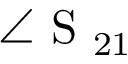
\angle \mathrm { ~ S ~ } _ { 2 1 }